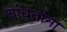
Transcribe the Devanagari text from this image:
बांधतांना